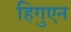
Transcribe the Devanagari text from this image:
हिगुएन